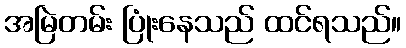
အမြဲတမ်း ပြုံးနေသည် ထင်ရသည်။